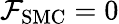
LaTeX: \mathcal{F}_{\mathrm{{SMC}}}=0